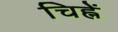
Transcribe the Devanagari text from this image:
चिह्नें